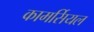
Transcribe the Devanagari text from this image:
कामर्सियल